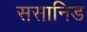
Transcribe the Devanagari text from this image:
ससानिड